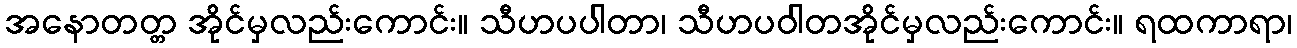
အနောတတ္တ အိုင်မှလည်းကောင်း။ သီဟပပါတာ၊ သီဟပဝါတအိုင်မှလည်းကောင်း။ ရထကာရာ၊